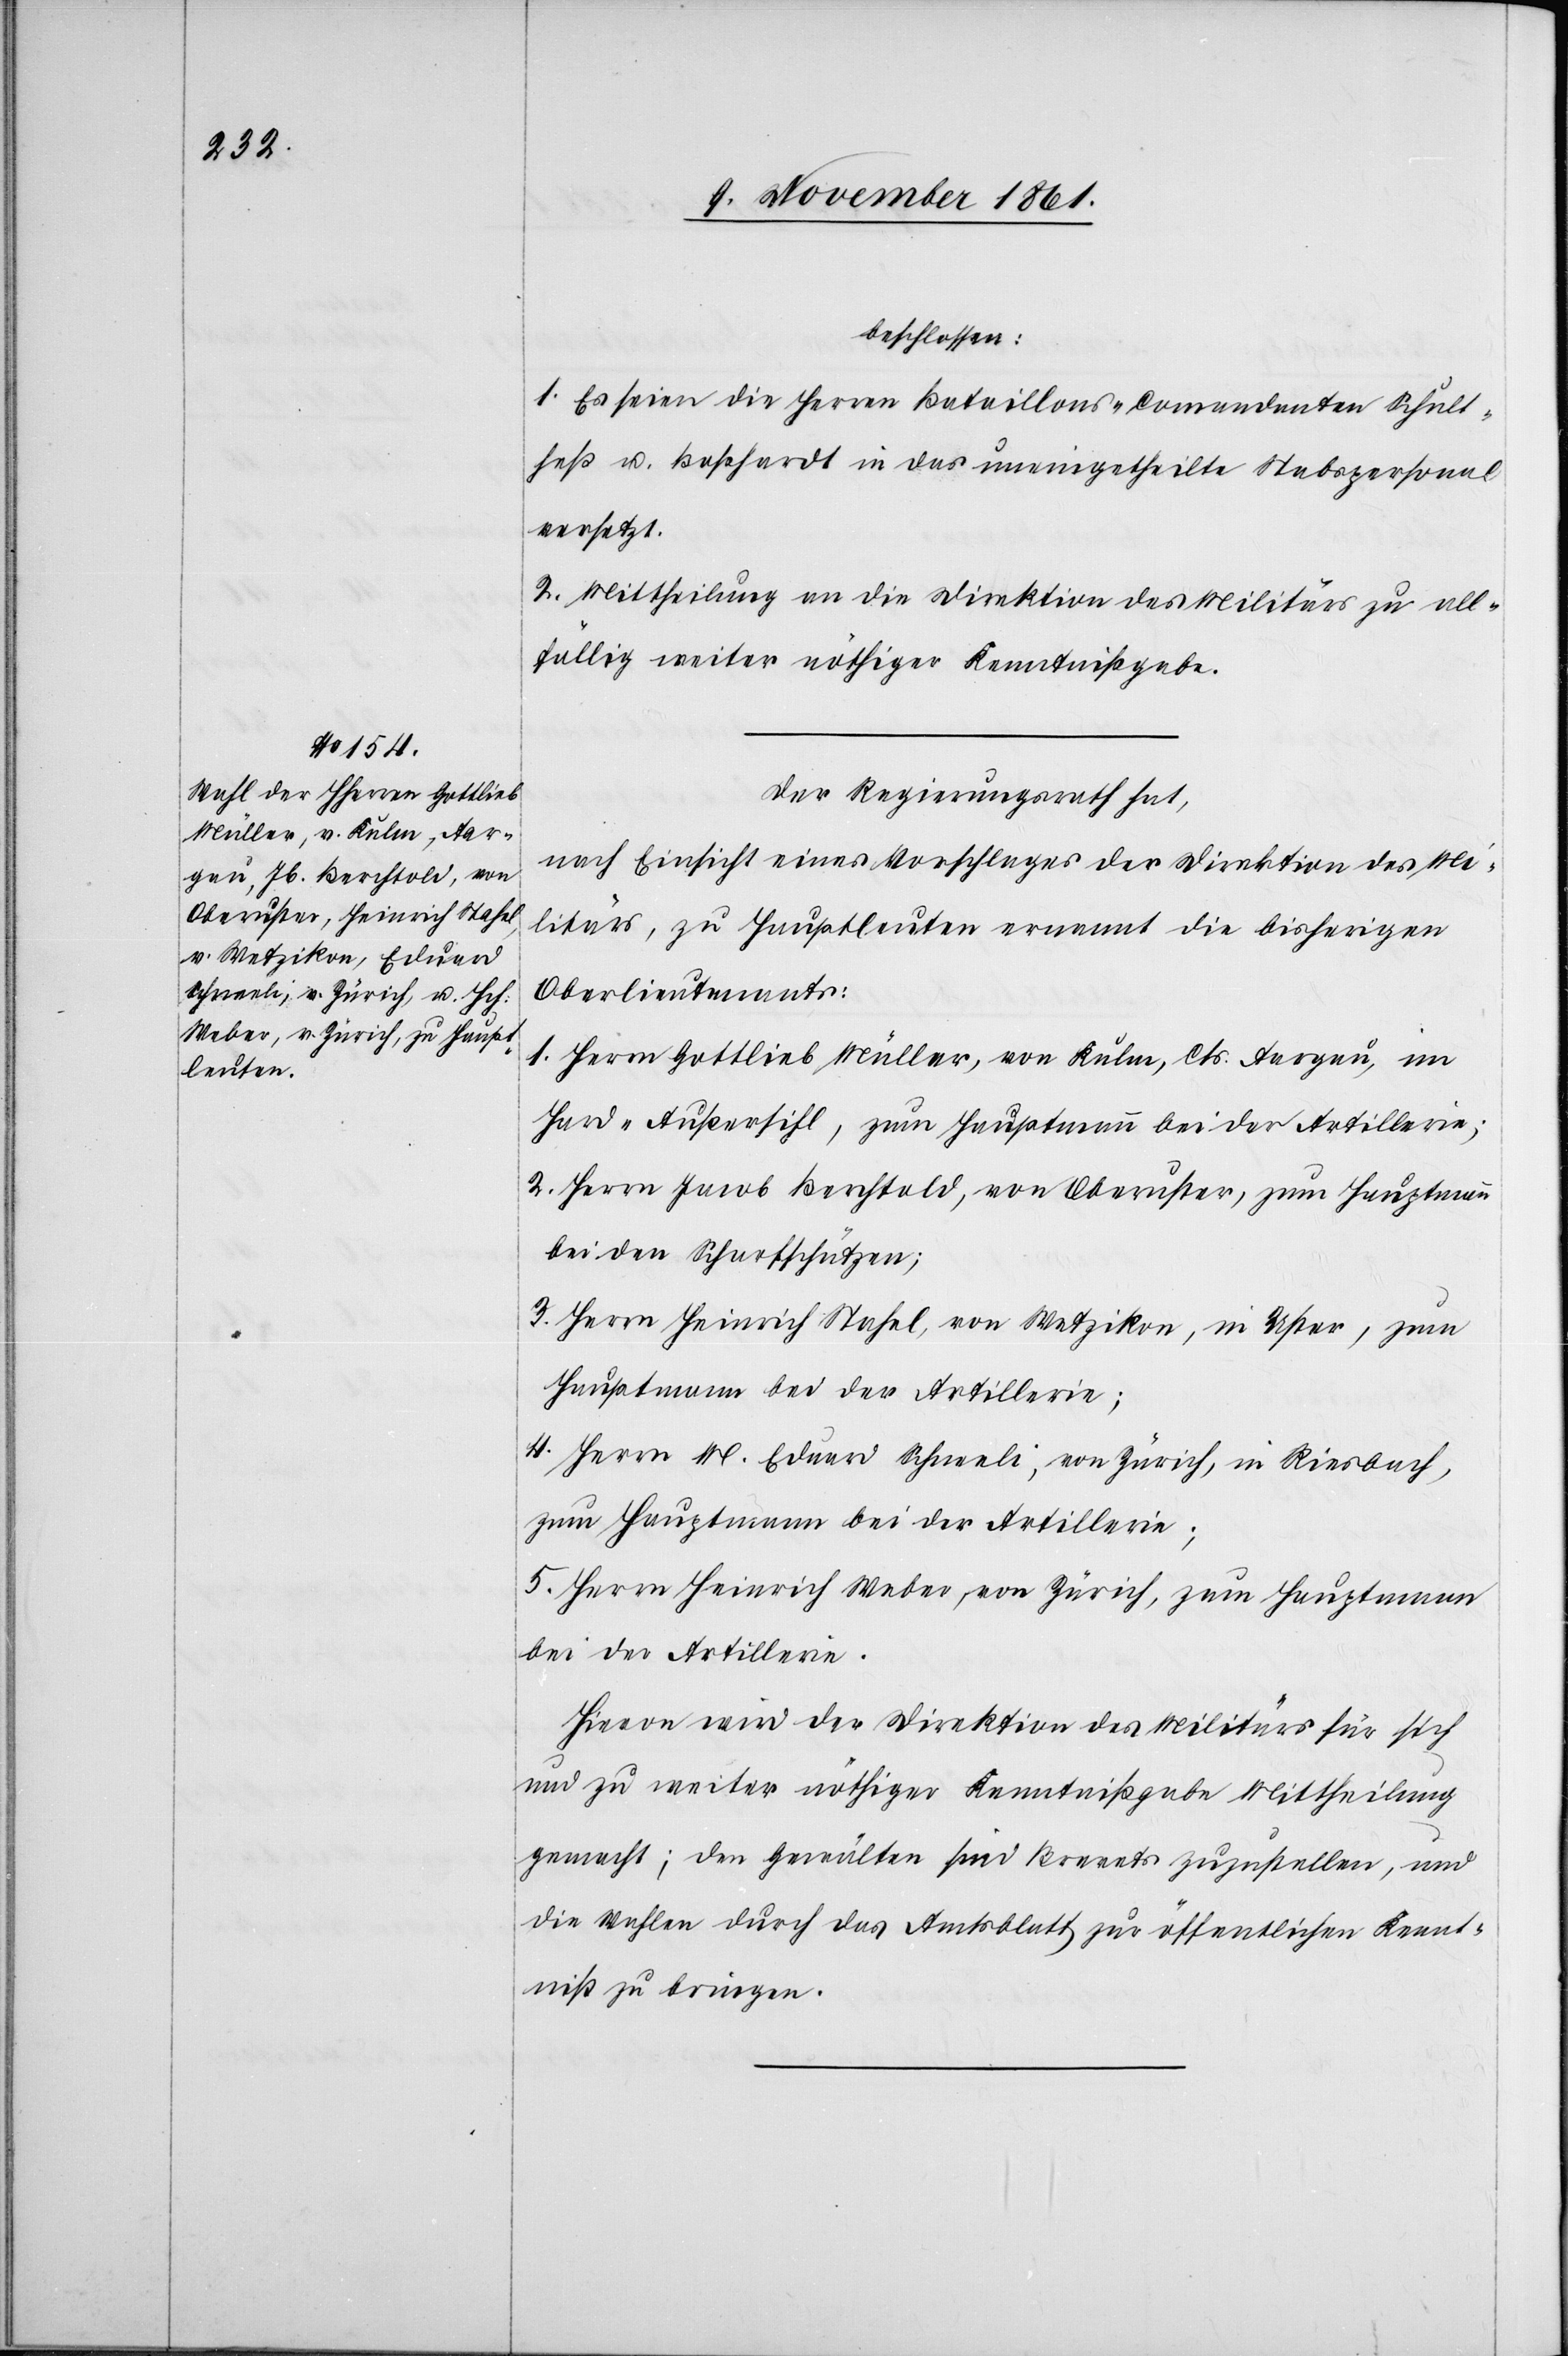
beschlossen:
1. Es seien die Herren Bataillonskommandanten Schult¬
heß u. Boßhardt in das uneingetheilte Stabspersonal
versetzt.
2. Mittheilung an die Direktion des Militärs zu all¬
fällig weiter nöthiger Kenntnißgabe.
Der Regierungsrath hat,
nach Einsicht eines Vorschlages der Direktion des Mi¬
litärs, zu Hauptleuten ernannt die bisherigen
Oberlieutnants:
1. Herrn Gottlieb Müller, von Kulen, Cts. Aargau, im
Hard-Außersihl, zum Hauptmann bei der Artillerie;
2. Herrn Jacob Berchtold, von Oberuster, zum Hauptmann
bei den Scharfschützen;
3. Herrn Heinrich Stahel, von Wetzikon, in Uster, zum
Hauptmann bei der Artillerie;
4. Herrn M. Eduard Schneeli, von Zürich, in Riesbach,
zum Hauptmann bei der Artillerie;
5. Herrn Heinrich Weber, von Zürich, zum Hauptmann
bei der Artillerie.
Hievon wird der Direktion des Militärs für sich
und zu weiter nöthiger Kenntnißgabe Mittheilung
gemacht; den Gewählten sind Brevets zuzustellen, und
die Wahlen durch das Amtsblatt zur öffentlichen Kennt¬
niß zu bringen.